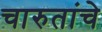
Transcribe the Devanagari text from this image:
चारुतांचे